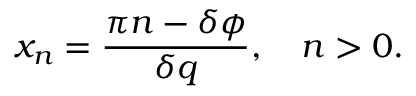
x _ { n } = \frac { \pi n - \delta \phi } { \delta q } , \quad n > 0 .